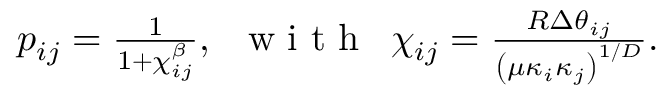
\begin{array} { r } { p _ { i j } = \frac { 1 } { 1 + { \chi _ { i j } ^ { \beta } } } , \, \, \, \mathrm { ~ w ~ i ~ t ~ h ~ } \, \, \, \chi _ { i j } = \frac { R \Delta \theta _ { i j } } { \left( \mu \kappa _ { i } \kappa _ { j } \right) ^ { 1 / D } } . } \end{array}